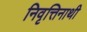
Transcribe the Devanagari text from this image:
निवृत्तिनाथी